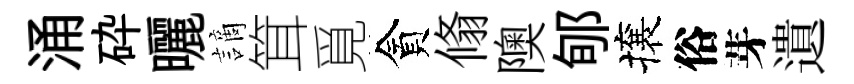
涌砕曬謫䇯覓貪翛隩郇攘俗芽遺